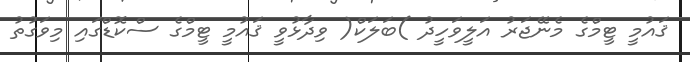
ޤައުމީ ޓީމްގެ މެނޭޖަރު އަލީވަހީދު )ބަލަކް( ވިދާޅުވީ ޤައުމީ ޓީމްގެ ސްކޮޑްގައި މިވަގުތު